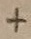
Text: +